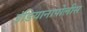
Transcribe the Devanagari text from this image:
इंडियानापोलीस